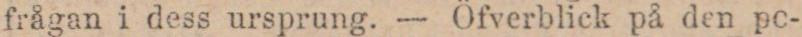
frågan i dess ursprung. — Öfverblick på den pe-